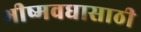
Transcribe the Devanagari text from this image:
भीष्मवधासाठी